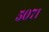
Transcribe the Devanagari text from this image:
५०७१